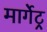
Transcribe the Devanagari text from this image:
मार्गेट्र